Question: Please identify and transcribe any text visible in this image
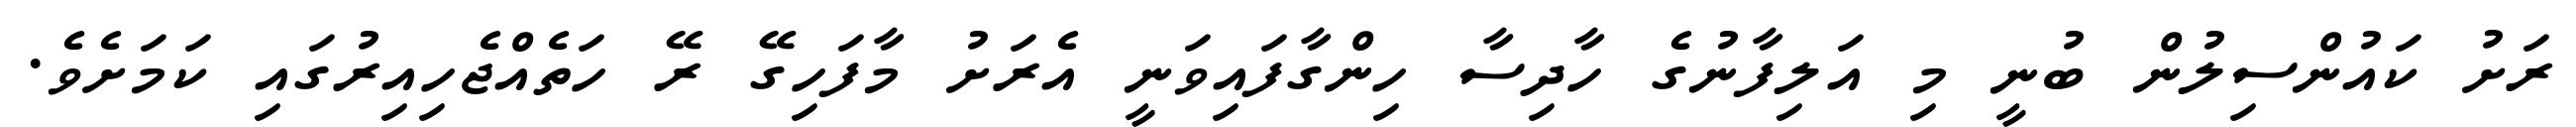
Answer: ރަށު ކައުންސިލުން ބުނީ މި އަލިފާނުގެ ހާދިސާ ހިންގާފައިވަނީ އެރަށު މާފަހިގޭ ރޭ ހަތެއްޖެހިއިރުގައި ކަމަށެވެ.